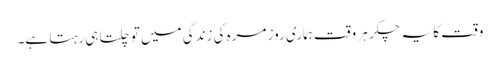
وقت کا یہ چکر ہر وقت ہماری روز مرہ کی زندگی میں تو چلتا ہی رہتا ہے۔